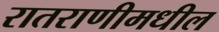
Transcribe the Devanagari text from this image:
रातराणीमधील